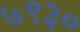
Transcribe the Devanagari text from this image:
७९३०